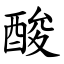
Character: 酸